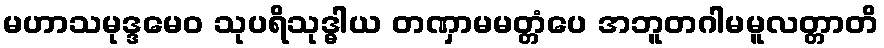
မဟာသမုဒ္ဒမေဝ သုပရိသုဒ္ဓါယ တဏှာမမတ္တံပေ အဘူတဂါမမူလတ္တာတိ